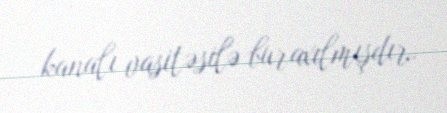
kanalı vasitəsilə buraxılmışdır.